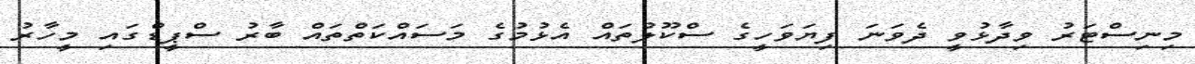
މިނިސްޓަރު ވިދާޅުވީ ދެވަނަ ފިޔަވަހީގެ ސްކޫލުތައް އެޅުމުގެ މަސައްކަތްތައް ބާރު ސްޕީޑްގައި މީހާރު